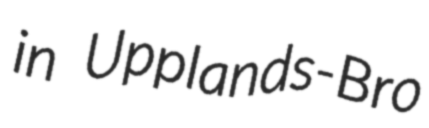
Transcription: in Upplands-Bro